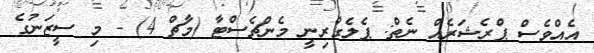
އެެއްވެސް ޕްރެޝަރެއް ނެތް: ޕެލެގްރިނީ މެންޗެސްޓާ (މާޗް 4) - މި ސީޒަނުގެ